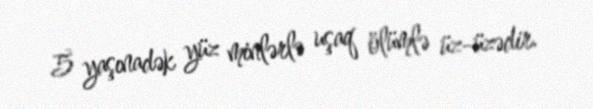
5 yaşınadək yüz minlərlə uşaq ölümlə üz-üzədir.